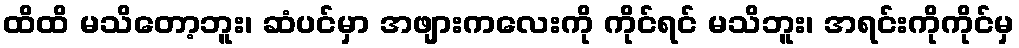
ထိထိ မသိတော့ဘူး၊ ဆံပင်မှာ အဖျားကလေးကို ကိုင်ရင် မသိဘူး၊ အရင်းကိုကိုင်မှ